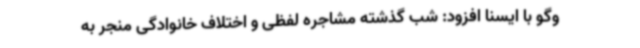
وگو با ایسنا افزود: شب گذشته مشاجره لفظی و اختلاف خانوادگی منجر به